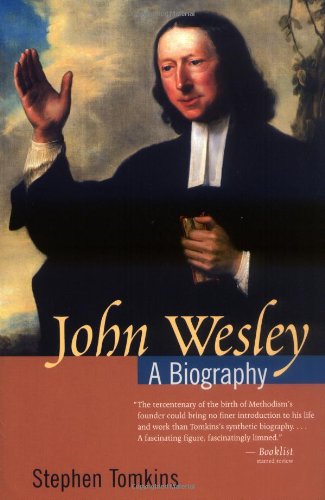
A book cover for John Wesley: A Biography; Stephen Tomkins; Christian Books & Bibles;